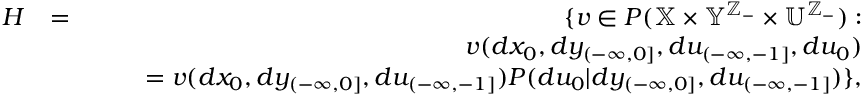
\begin{array} { r l r } { { \cal H } } & { = } & { \{ v \in { \cal P } ( \mathbb { X } \times \mathbb { Y } ^ { \mathbb { Z } _ { - } } \times \mathbb { U } ^ { \mathbb { Z } _ { - } } ) : } \\ & { } & { \quad v ( d x _ { 0 } , d y _ { ( - \infty , 0 ] } , d u _ { ( - \infty , - 1 ] } , d u _ { 0 } ) } \\ & { } & { \quad \quad = v ( d x _ { 0 } , d y _ { ( - \infty , 0 ] } , d u _ { ( - \infty , - 1 ] } ) P ( d u _ { 0 } | d y _ { ( - \infty , 0 ] } , d u _ { ( - \infty , - 1 ] } ) \} , } \end{array}